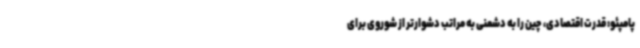
پامپئو: قدرت اقتصادی، چین را به دشمنی به مراتب دشوارتر از شوروی برای